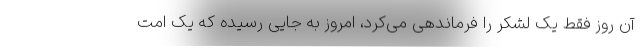
آن روز فقط یک لشکر را فرماندهی می‌کرد، امروز به جایی رسیده که یک امت